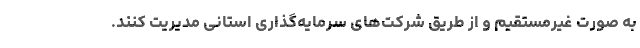
به صورت غیرمستقیم و از طریق شرکت‌های سرمایه‌گذاری استانی مدیریت کنند.